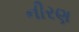
નીરણ